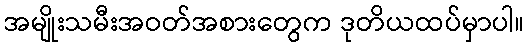
အမျိုးသမီးအဝတ်အစားတွေက ဒုတိယထပ်မှာပါ။